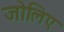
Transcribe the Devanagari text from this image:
जोलिए